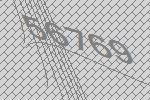
56769